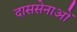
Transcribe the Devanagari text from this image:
दाससेनाओं